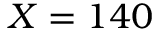
X = 1 4 0